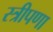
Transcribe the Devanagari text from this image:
स्त्रीपणा